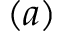
( a )